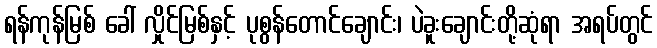
ရန်ကုန်မြစ် ခေါ် လှိုင်မြစ်နှင့် ပုစွန်တောင်ချောင်း၊ ပဲခူးချောင်းတို့ဆုံရာ အရပ်တွင်